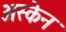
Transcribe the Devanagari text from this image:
अस्केन